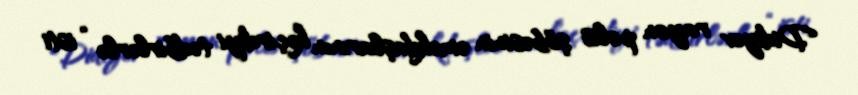
Didiyev rayon polis şöbəsinin əməkdaşlarının keçirdiyi tədbirlərlə “isti